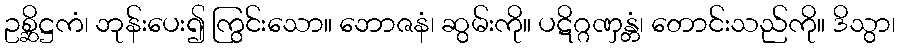
ဥစ္ဆိဋ္ဌကံ၊ ဘုန်းပေး၍ ကြွင်းသော။ ဘောဇနံ၊ ဆွမ်းကို။ ပဋိဂ္ဂဏှန္တံ၊ တောင်းသည်ကို။ ဒိသွာ၊